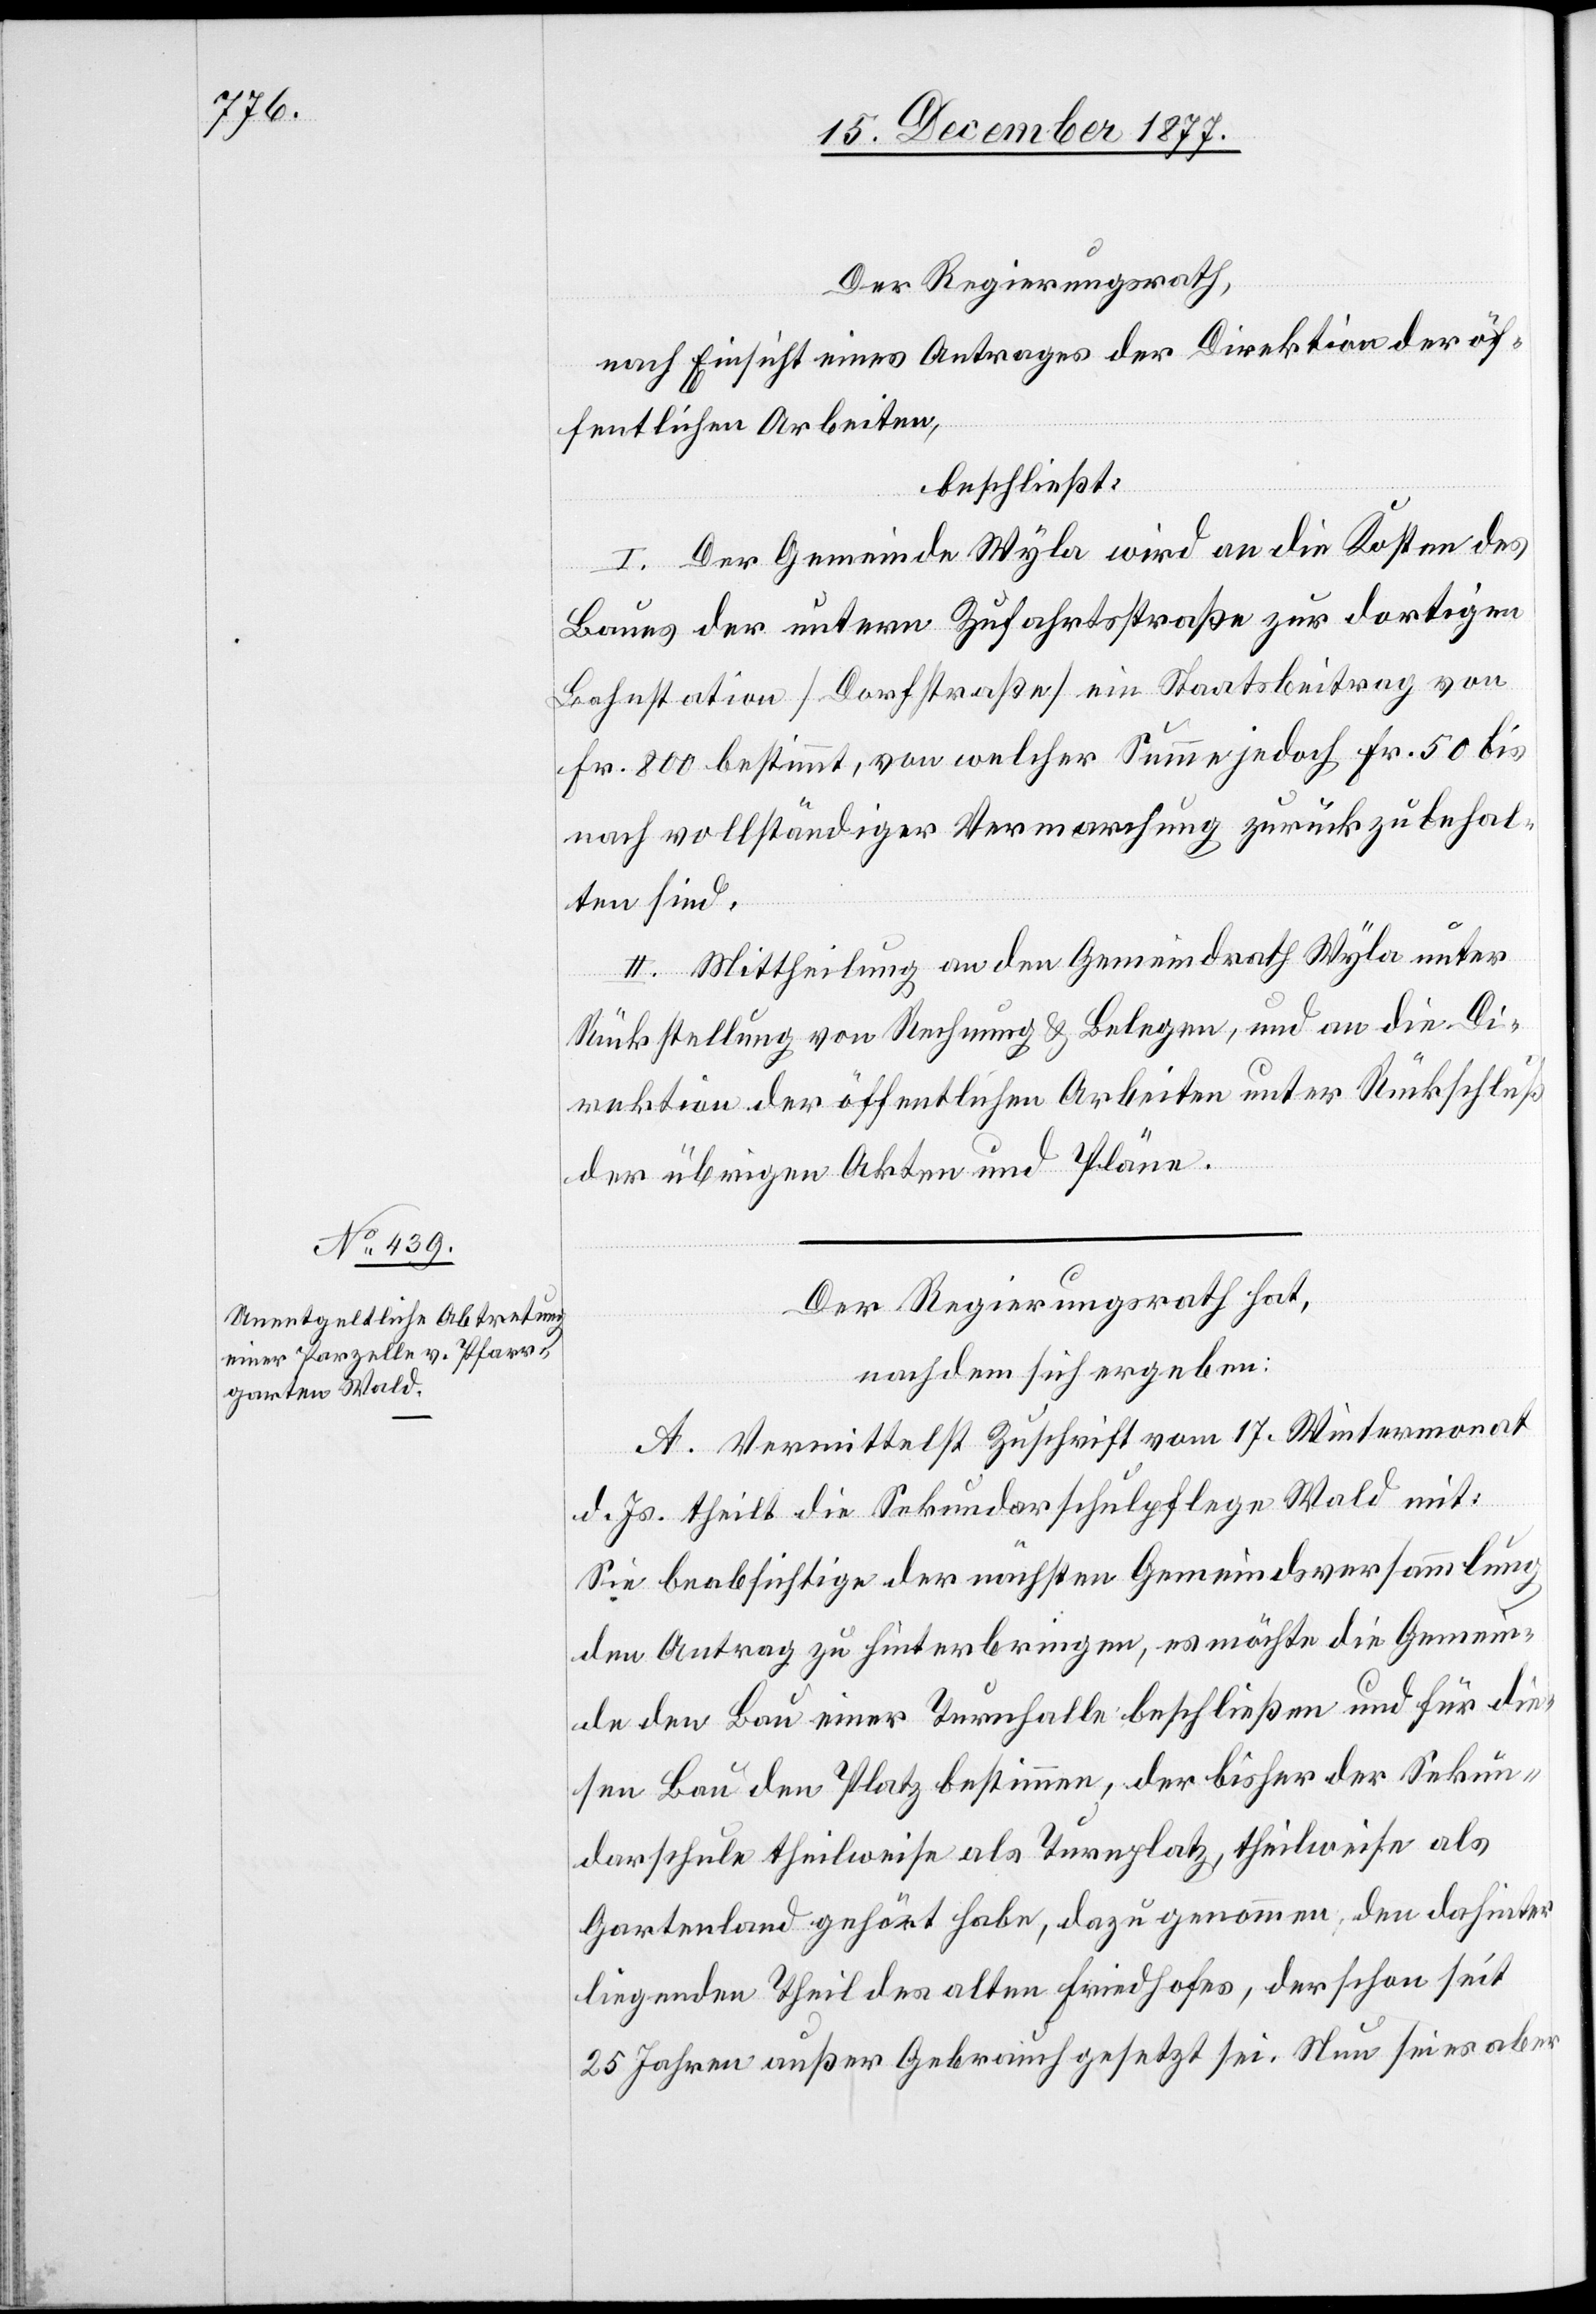
Der Regierungsrath,
nach Einsicht eines Antrages der Direktion der öf¬
fentlichen Arbeiten,
beschließt:
I. Der Gemeinde Wyla wird an die Kosten des
Baues der untern Zufahrtsstraße zur dortigen
Bahnstation [Dorfstraße] ein Staatsbeitrag von
Fr. 800 bestimmt, von welcher Summe jedoch Fr. 50 bis
nach vollständiger Vermarchung zurückzubehal¬
ten sind.
II. Mittheilung an den Gemeindrath Wyla unter
Rückstellung von Rechnung & Belegen, und an die Di¬
rektion der öffentlichen Arbeiten unter Rückschluß
der übrigen Akten und Pläne.
Der Regierungsrath hat,
nachdem sich ergeben:
A. Vermittelst Zuschrift vom 17. Wintermonat
d. Js. theilt die Sekundarschulpflege Wald mit:
Sie beabsichtige der nächsten Gemeindsversammlung
den Antrag zu hinterbringen, es möchte die Gemein¬
de den Bau einer Turnhalle beschließen und für die¬
sen Bau den Platz bestimmen, der bisher der Sekun¬
darschule theilweise als Turnplatz, theilweise als
Gartenland gehört habe, dazu genommen, den dahinter
liegenden Theil des alten Friedhofes, der schon seit
25 Jahren außer Gebrauch gesetzt sei. Nun sei es aber